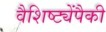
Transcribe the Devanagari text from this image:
वैशिष्ट्येंपैकी